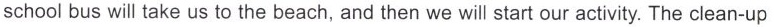
school bus will take us to the beach, and then we will start our activity. The clean-up